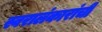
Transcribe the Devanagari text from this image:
स्वरालंकारांची